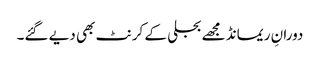
دورانِ ریمانڈ مجھے بجلی کے کرنٹ بھی دیے گئے۔